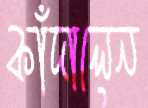
কাঁদালেন